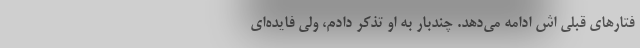
فتار‌های قبلی اش ادامه می‌دهد. چندبار به او تذکر دادم، ولی فایده‌ای